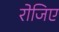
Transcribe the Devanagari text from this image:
रोजिए